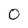
Character: O